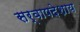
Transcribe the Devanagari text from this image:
सर्वापदेशाय